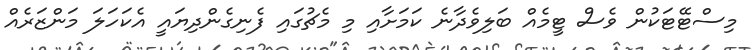
މިސްޓޭޓަކުން ވެސް ޓީމެއް ބަލިވެދާނެ ކަމަށާއި މި މެޗުގައި ފެނިގެންދިޔައީ އެކަހަލަ މަންޒަރެއް